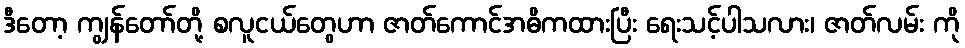
ဒီတော့ ကျွန်တော်တို့ စလူငယ်တွေဟာ ဇာတ်ကောင်အဓိကထားပြီး ရေးသင့်ပါသလား၊ ဇာတ်လမ်း ကို